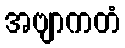
အဗျာကတံ